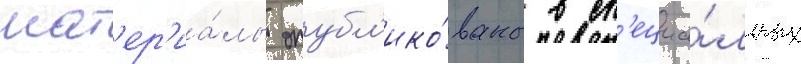
мат'ер'иа́лы опубл'ико́ваны в сп'ециа́льных